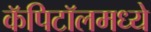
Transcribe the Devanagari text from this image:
कॅपिटॉलमध्ये